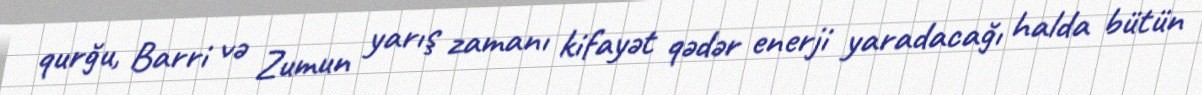
qurğu, Barri və Zumun yarış zamanı kifayət qədər enerji yaradacağı halda bütün